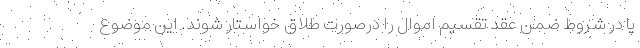
یا در شروط ضمن عقد تقسیم اموال را درصورت طلاق خواستار شوند. این موضوع